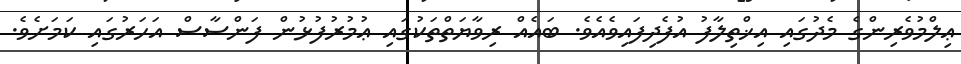
ޢިލްމުވެރިންގެ މެދުގައި އިޚްތިލާފު އުފެދިފައިވެއެވެ. ބައެއް ރިވާޔަތްތަކުގައި ޢުމުރުފުޅުން ފަންސާސް އަހަރުގައި ކަމަށެވެ.